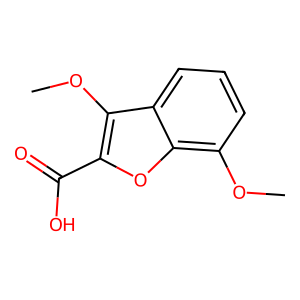
SMILES: COc1c(C(=O)O)oc2c(OC)cccc12
Inhibits HIV replication: No